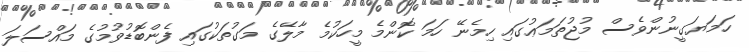
ހަމަޔަގީނުންވެސް މުޖުތަމަޢުގައި ހިމެނޭ ހަމަ ކޮންމެ މީހަކުމެ މާލޭގެ މަގުތަކުގައި ފެންބޮޑުވުމުގެ މައްސަލަ